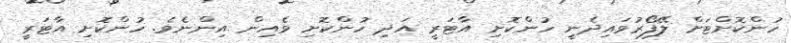
ހުންކޮށްޓަށް ލޭފޯރުވައިދެނީ ހުންކޮށި އާޓަރީ އަދި ހުންކޮށި ވެއިން އިންނެވެ. ހުންކޮށި އާޓަރީ